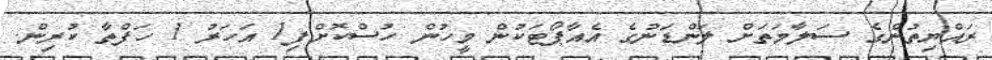
ރައްޔިތުންގެ ސަލާމަތަށް ލަންޑަނުގެ އެއާޕޯޓަކުން މީހުން ހުސްކޮށްފި1 އަހަރު 1 ހަފްތާ ކުރިން.